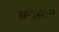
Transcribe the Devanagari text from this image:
सरायान